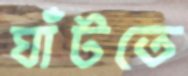
ঘাঁটতে